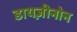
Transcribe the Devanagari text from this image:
डायज़ीनोन